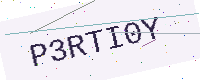
Text: P3RTI0Y